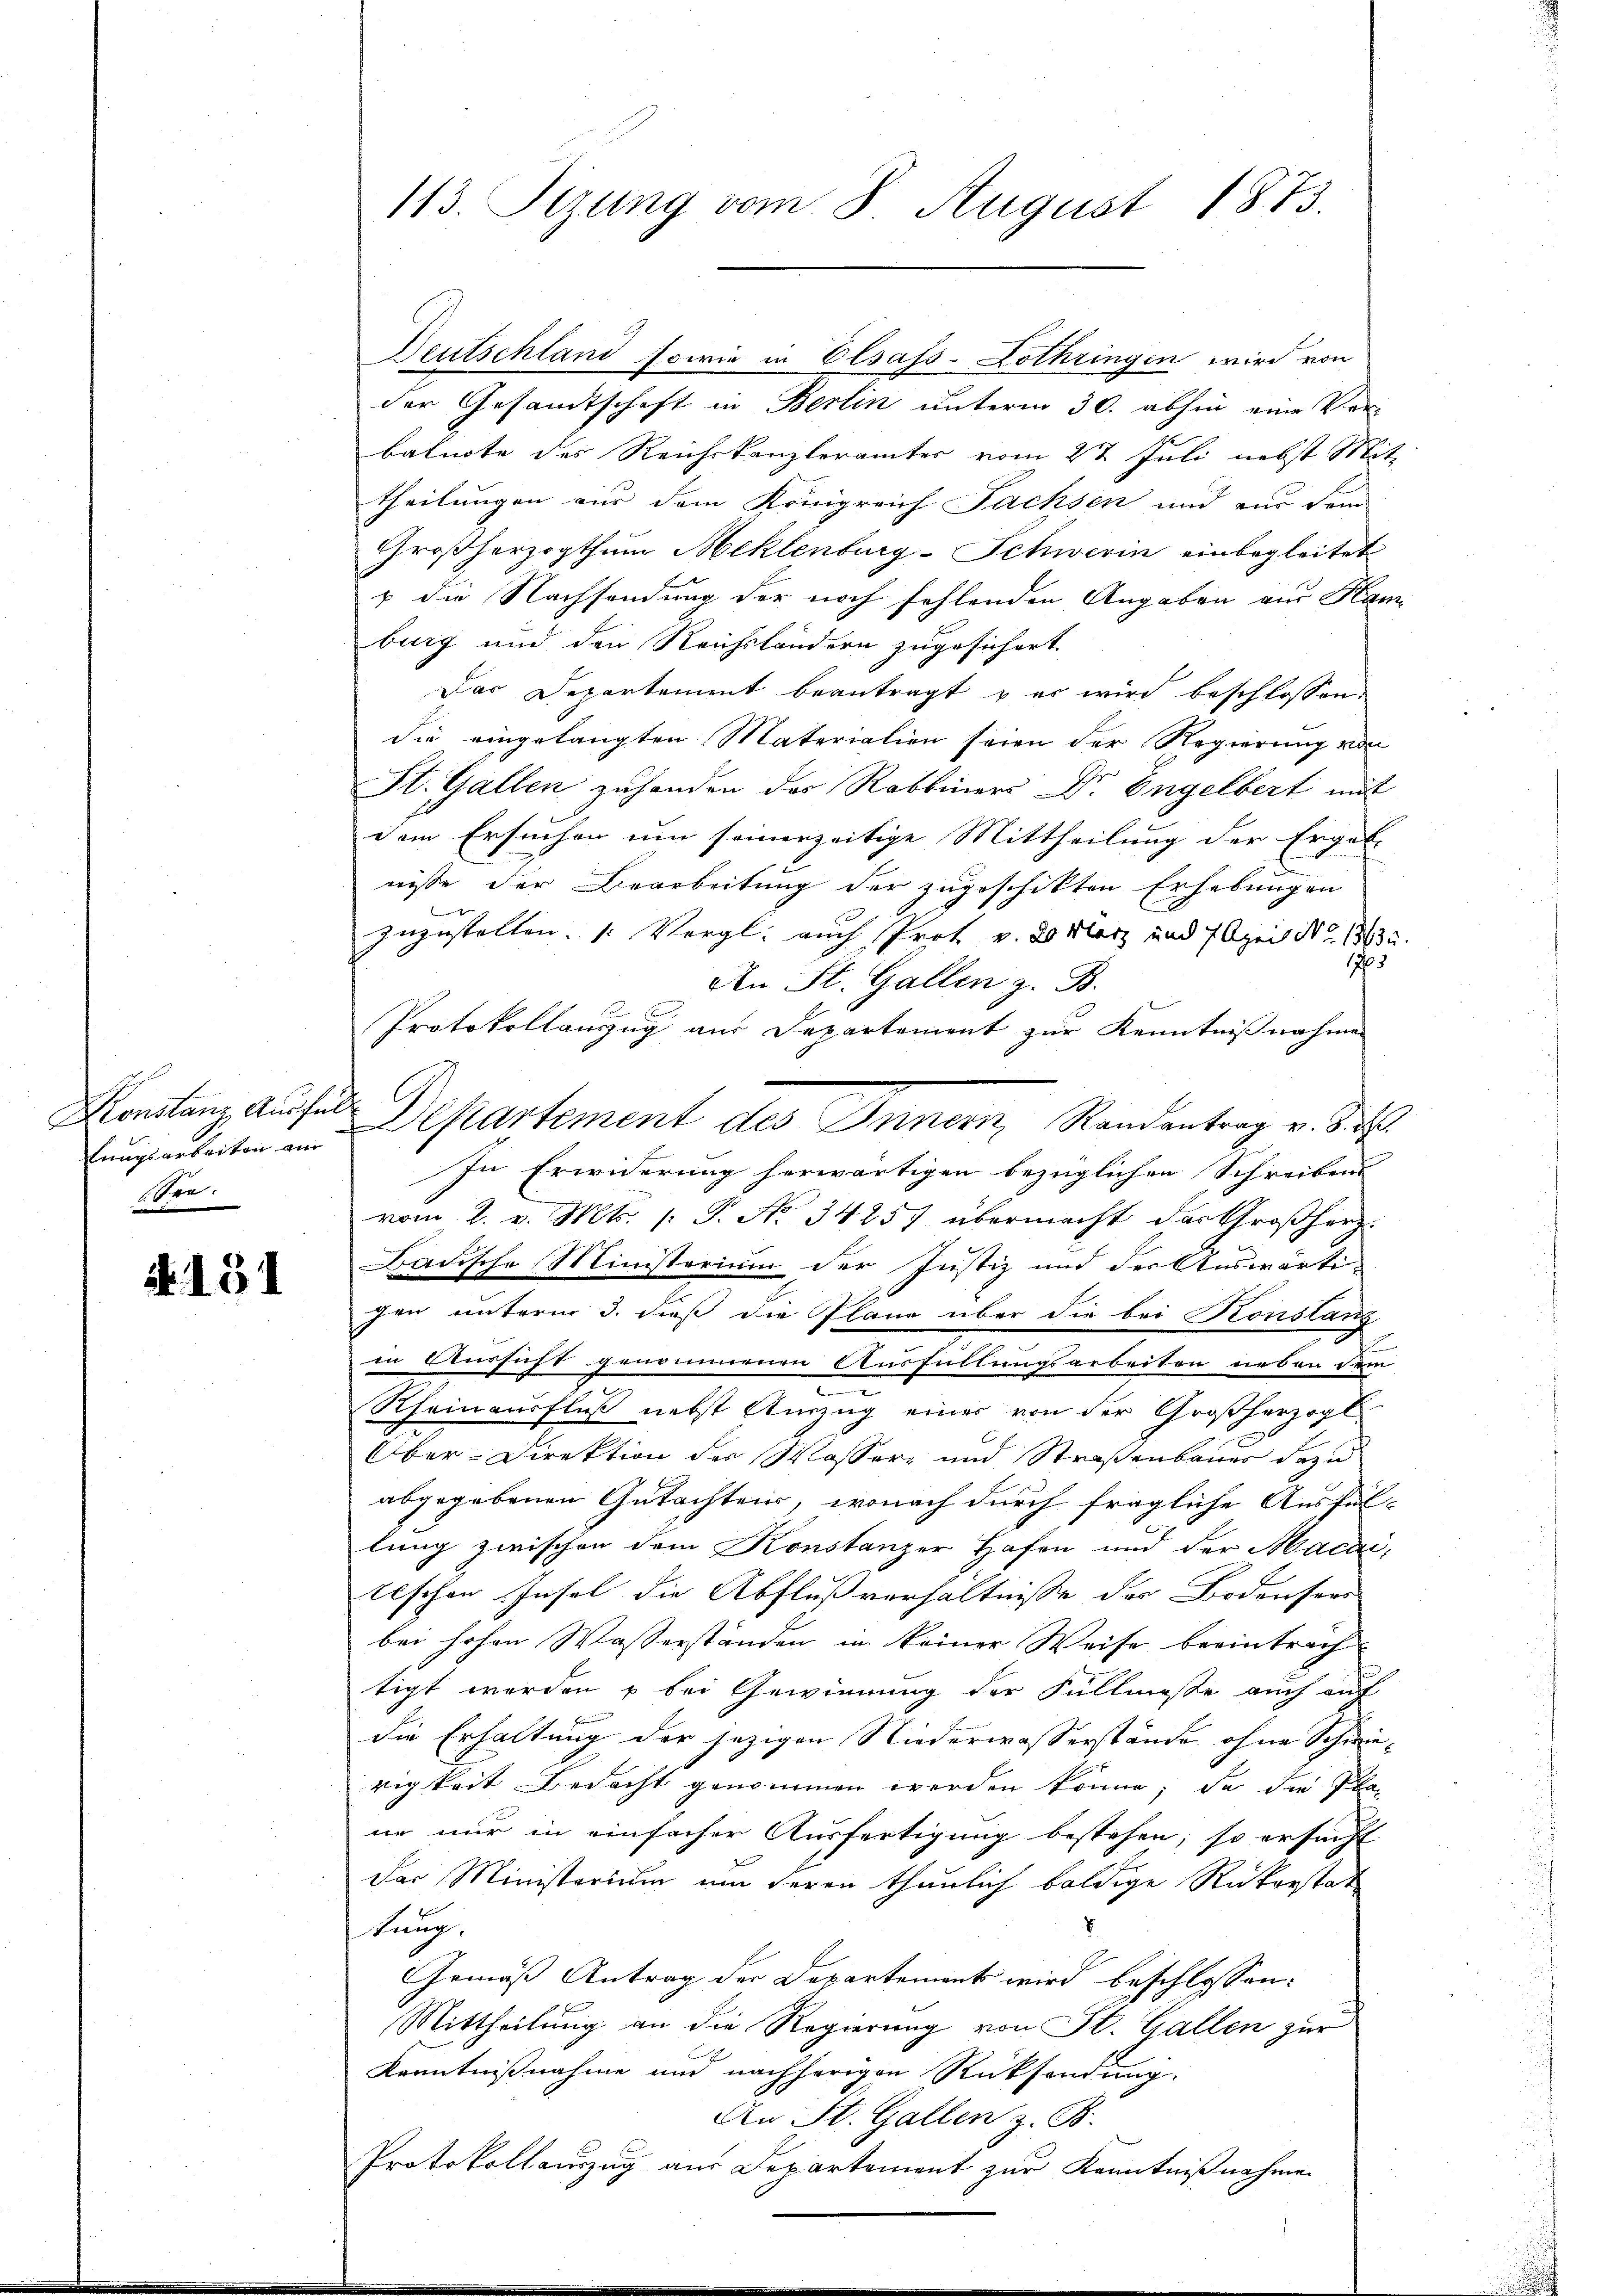
Langsarbeiten am
bre.

A. 131

113. Sizung vom 8. August 1873.

der Gesandtschaft in Berlin unterm 30. abhin eine Ver-
balnote des Reichskanzlerämter vom 2t Juli nebst Mit
theilungen aus dem Königreich Fachsen und nur dem
Großherzogthum Meklenburg-Schwerin einbegleitet
& die Nachsendung der noch fehlenden Angaben aus Ham
burg und den Reichsländern zugesichert.
Das Departement beantragt, & er wird beschlossen
die eingelangten Materialien seien der Regierung von
St. Gallen zuhanden des Rabbiner Dr. Engelbert mit
dem Ersuchen um seinerzeitige Mittheilung der Ergeb
nisse der Bearbeitung der zugeschikten Erhebungen
zuzustellen. (Vergl. auch Prot v. 20 März und 7 April 1863.
1765
An St. Gallen z. B.

Protokollanzug aus Departement zur Kenntnißnahmen
In Erwiderung herwärtigen bezüglichen Schreibens
vom 2. v. Mts. (: P. No. 34257 übermacht das Großherz-
Badische Ministerium der Justiz und der Auswärtigen unterm 3. dieß die Plane über die bei Konstanz
d
in Aussicht genommenen Ausfüllungsarbeiten neben dem
Rheinausfluß nebst Auszug einer von der Großherzogl
Ober-Direktion der Wasser- und Straßenbaues dazu
abgegebenen Gutachten, wonach durch fragliche Ausfül-
lung zwischen dem Konstanzer Hafen und der Macai,
Eschen Insel die Abflußverhältnisse der Bodensees
bei hohen Wasserständen in keiner Weise beeintrachtigt werden u bei Gewinnung der Füllmasse auch auf
die Erhaltung der jezigen Niederwasserstände ohne Schwierigkeit Bedacht genommen werden könne; da die Plan
ne nur in einfacher Ausfertigung bestehen, so ersucht
der Ministerium um deren thunlich baldige Rükerstat
V
tung.
Gemäß Antrag der Departement wird beschlossen:
Mittheilung an die Regierung von St. Gallen zur
Kenntnißnahme und nachherigen Rücksendung.
An St. Gallen z. B.
Protokollauszug aus Departement zur Kenntnißnahme

Deutschland sowie in Elsass-Lothringen wird von

Konstanz ausser Departement des Innern, Randantrag v. 8. d.